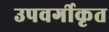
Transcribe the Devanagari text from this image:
उपवर्गीकृत